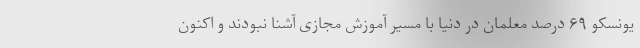
یونسکو ۶۹ درصد معلمان در دنیا با مسیر آموزش مجازی آشنا نبودند و اکنون